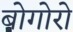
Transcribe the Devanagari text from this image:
बोगोरो